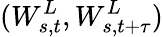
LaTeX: (W_{s,t}^{L},W_{s,t+\tau}^{L})